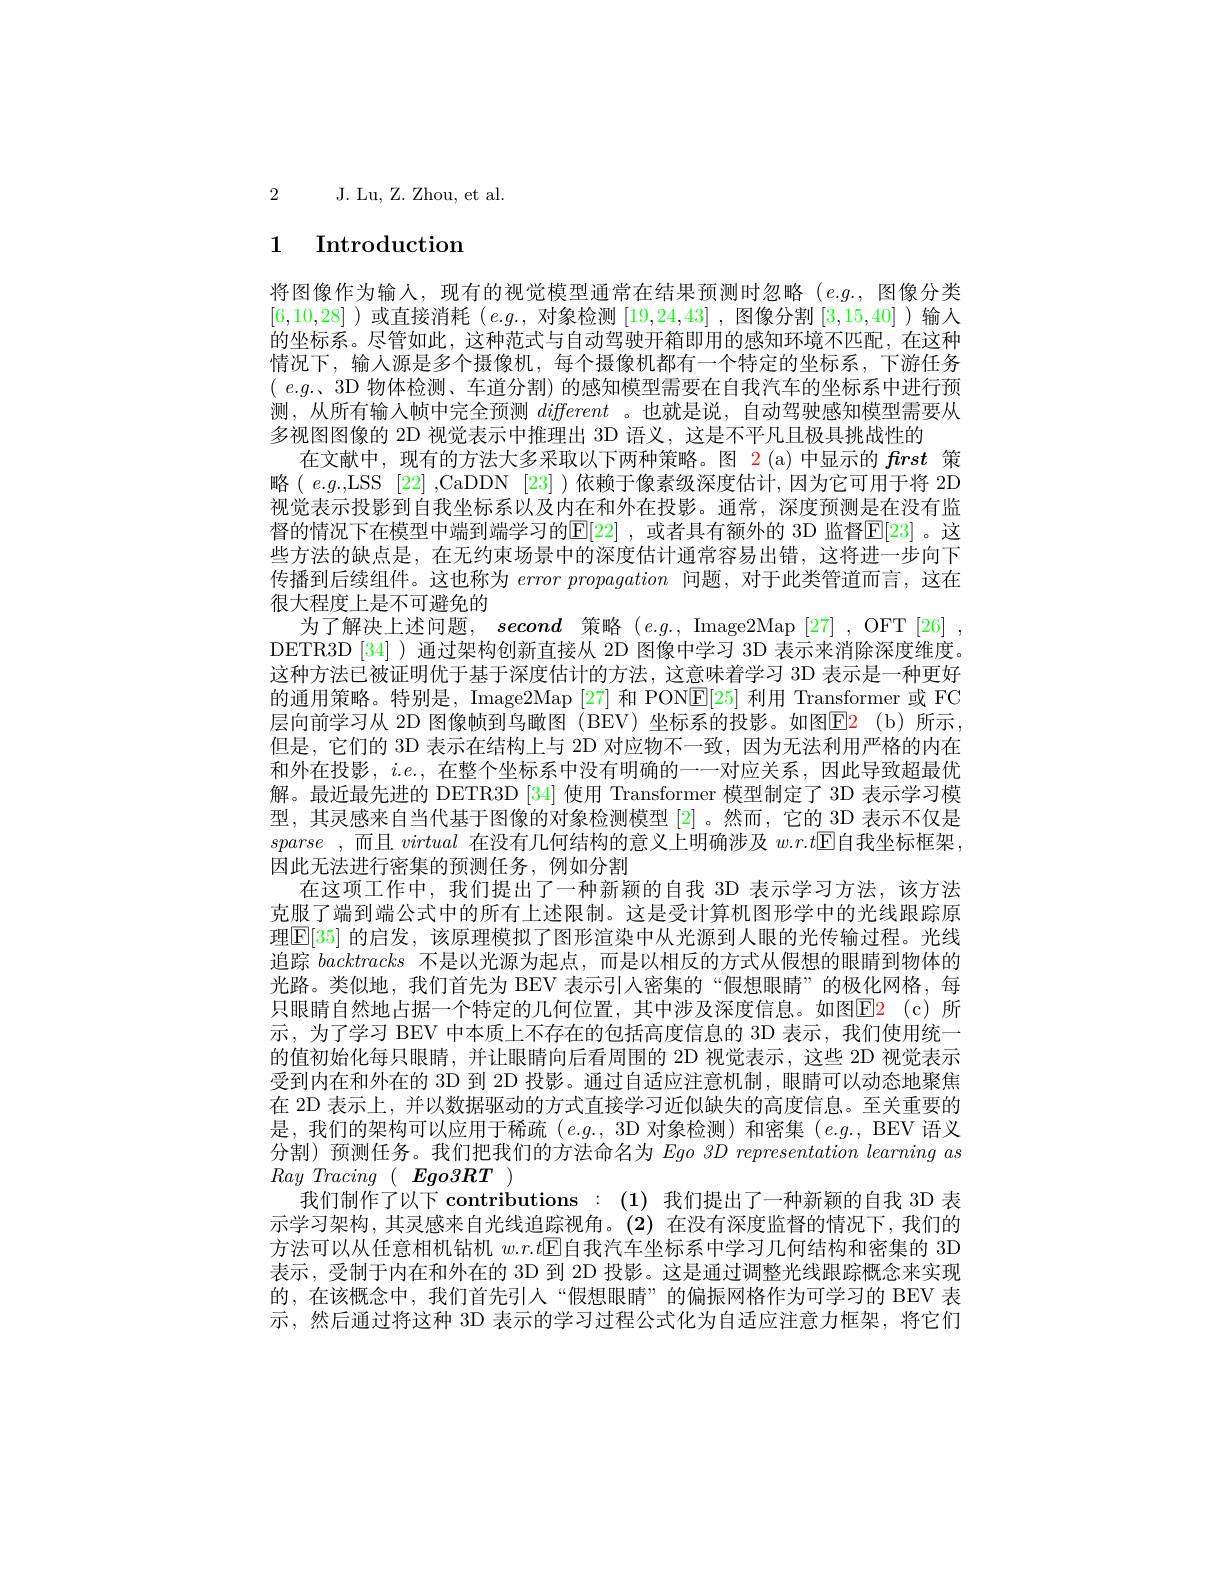
2 J. Lu, Z. Zhou, et al.

# 1 Introduction

将图像作为输入，现有的视觉模型通常在结果预测时忽略(e.g.,图像分类[6,10,28] )或直接消耗$(e.g.$,对象检测[19,24,43] ,图像分割[3,15,40] )输入的坐标系。尽管如此，这种范式与自动驾驶开箱即用的感知环境不匹配，在这种情况下，输入源是多个摄像机，每个摄像机都有一个特定的坐标系，下游任务$(e.g.$、3D 物体检测、车道分割)的感知模型需要在自我汽车的坐标系中进行预测，从所有输入帧中完全预测different 。也就是说，自动驾驶感知模型需要从多视图图像的 2D 视觉表示中推理出 3D 语义，这是不平凡且极具挑战性的
在文献中，现有的方法大多采取以下两种策略。图 2(a)中显示的frst策略$( e. g. $,LSS [22] ,CaDDN [23] )依赖于像素级深度估计，因为它可用于将 2D 视觉表示投影到自我坐标系以及内在和外在投影。通常，深度预测是在没有监督的情况下在模型中端到端学习的$\mathbb{E}[22]$ ,或者具有额外的 3D 监督$\mathbb{E}[23]$。这些方法的缺点是，在无约束场景中的深度估计通常容易出错，这将进一步向下传播到后续组件。这也称为errorpropagation问题，对于此类管道而言，这在很大程度上是不可避免的
为了解决上述问题，second策略 (e.g., Image2Map [27], OFT [26] , DETR3D[34])通过架构创新直接从 2D 图像中学习 3D 表示来消除深度维度。这种方法已被证明优于基于深度估计的方法，这意味着学习 3D 表示是一种更好的通用策略。特别是，Image2Map [27]和 PONE[25]利用 Transformer 或 FC 层向前学习从 2D 图像帧到鸟瞰图 (BEV) 坐标系的投影。如图$\color{red}{\mathrm{E2}}\:$(b)所示， 但是，它们的 3D 表示在结构上与 2D 对应物不一致，因为无法利用严格的内在和外在投影，$i.e.$,在整个坐标系中没有明确的一一对应关系，因此导致超最优解。最近最先进的 DETR3D [34] 使用 Transformer 模型制定了 3D 表示学习模型，其灵感来自当代基于图像的对象检测模型[2]。然而，它的 3D 表示不仅是sparse ,而且 virtual 在没有几何结构的意义上明确涉及 $w.r.t$▣自我坐标框架， 因此无法进行密集的预测任务，例如分割
在这项工作中，我们提出了一种新颖的自我 3D 表示学习方法，该方法克服了端到端公式中的所有上述限制。这是受计算机图形学中的光线跟踪原理$\boxed{\mathbb{E}[35]\text{ 的启发，该原理模拟了图形渲染中从光源到人眼的光传输过程。光线}}$ 追踪backtracks不是以光源为起点，而是以相反的方式从假想的眼睛到物体的光路。类似地，我们首先为 BEV 表示引人密集的“假想眼睛”的极化网格，每只眼睛自然地占据一个特定的几何位置，其中涉及深度信息。如图E$\color{red} 2\:( c)$ 所示，为了学习 BEV 中本质上不存在的包括高度信息的 3D 表示，我们使用统一的值初始化每只眼睛，并让眼睛向后看周围的 2D 视觉表示，这些 2D 视觉表示受到内在和外在的 3D 到 2D 投影。通过自适应注意机制，眼睛可以动态地聚焦在 2D 表示上，并以数据驱动的方式直接学习近似缺失的高度信息。至关重要的是，我们的架构可以应用于稀疏$(e.g.$, 3D 对象检测)和密集$(e.g.$, BEV 语义分割)预测任务。我们把我们的方法命名为 Ego 3D representation learming as $Ray\textit{Tracing( Ego3RT })$
我们制作了以下 contributions :(1)我们提出了一种新颖的自我 3D 表示学习架构，其灵感来自光线追踪视角。(2)在没有深度监督的情况下，我们的方法可以从任意相机钻机$w.r.t$E自我汽车坐标系中学习几何结构和密集的 3D 表示，受制于内在和外在的 3D 到 2D 投影。这是通过调整光线跟踪概念来实现的，在该概念中，我们首先引人“假想眼睛”的偏振网格作为可学习的 BEV 表示，然后通过将这种 3D 表示的学习过程公式化为自适应注意力框架，将它们